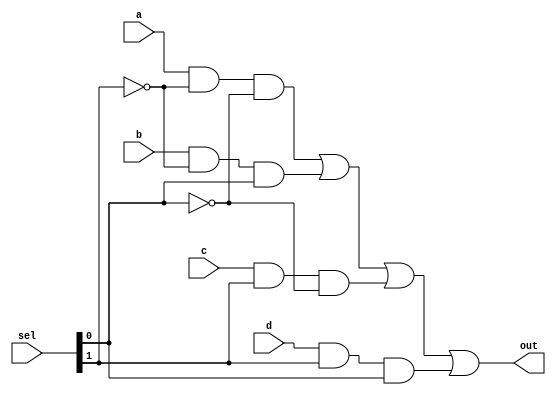
module mux_4x1(a, b, c, d, sel, out);
  input a, b, c, d;
  input [1:0] sel;

  output out;

  wire w0, w1, w2, w3;

  and and0(w0, a, ~sel[1], ~sel[0]);
  and and1(w1, b, ~sel[1], sel[0]);
  and and2(w2, c, sel[1], ~sel[0]);
  and and3(w3, d, sel[1], sel[0]);

  or or0(out, w0, w1, w2, w3);
endmodule

module TB_mux_4x1();
  reg a, b, c, d;
  reg [1:0] sel;

  wire out;

  mux_4x1 mux_4x1(a, b, c, d, sel, out);

  initial begin
    sel = 2'b00; a = 1'b1; b = 1'b0; c = 1'b0; d = 1'b0; #10; // out = 1
    sel = 2'b01; a = 1'b0; b = 1'b1; c = 1'b0; d = 1'b0; #10; // out = 1
    sel = 2'b10; a = 1'b0; b = 1'b0; c = 1'b1; d = 1'b0; #10; // out = 1
    sel = 2'b11; a = 1'b0; b = 1'b0; c = 1'b0; d = 1'b1; #10; // out = 1

    sel = 2'b00; a = 1'b0; b = 1'b0; c = 1'b0; d = 1'b0; #10; // out = 0
    sel = 2'b01; a = 1'b0; b = 1'b0; c = 1'b0; d = 1'b0; #10; // out = 0
    sel = 2'b10; a = 1'b0; b = 1'b0; c = 1'b0; d = 1'b0; #10; // out = 0
    sel = 2'b11; a = 1'b0; b = 1'b0; c = 1'b0; d = 1'b0; #10; // out = 0

    sel = 2'b00; a = 1'b0; b = 1'b1; c = 1'b1; d = 1'b1; #10; // out = 0
    sel = 2'b01; a = 1'b1; b = 1'b0; c = 1'b1; d = 1'b1; #10; // out = 0
    sel = 2'b10; a = 1'b1; b = 1'b1; c = 1'b0; d = 1'b1; #10; // out = 0
    sel = 2'b11; a = 1'b1; b = 1'b1; c = 1'b1; d = 1'b0; #10; // out = 0
  end
 endmodule